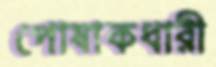
পোষাকধারী